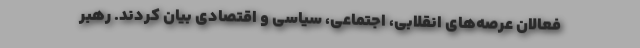
فعالان عرصه‌های انقلابی، اجتماعی، سیاسی و اقتصادی بیان کردند. رهبر